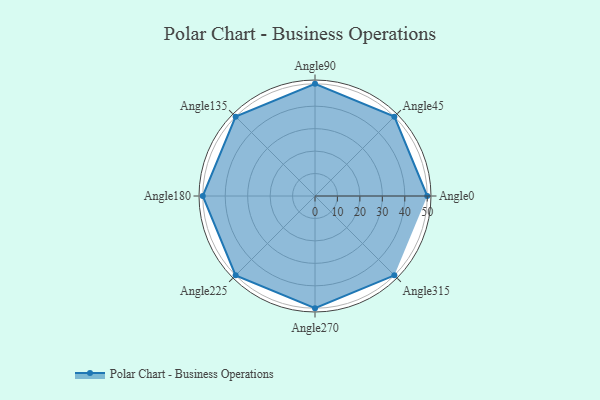
{"axis": {"x": "Angle", "y": "Radius"}, "legend": [""], "data": [{"x": "Angle0", "y": 50, "type": ""}, {"x": "Angle45", "y": 50, "type": ""}, {"x": "Angle90", "y": 50, "type": ""}, {"x": "Angle135", "y": 50, "type": ""}, {"x": "Angle180", "y": 50, "type": ""}, {"x": "Angle225", "y": 50, "type": ""}, {"x": "Angle270", "y": 50, "type": ""}, {"x": "Angle315", "y": 50, "type": ""}]}